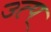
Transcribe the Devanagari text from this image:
उत्प